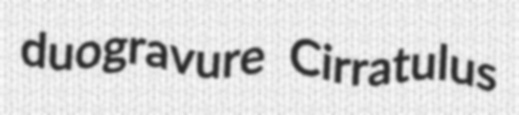
duogravure Cirratulus